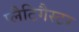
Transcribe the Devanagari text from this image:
प्लैटिगैस्टर